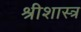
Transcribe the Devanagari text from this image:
श्रीशास्त्र